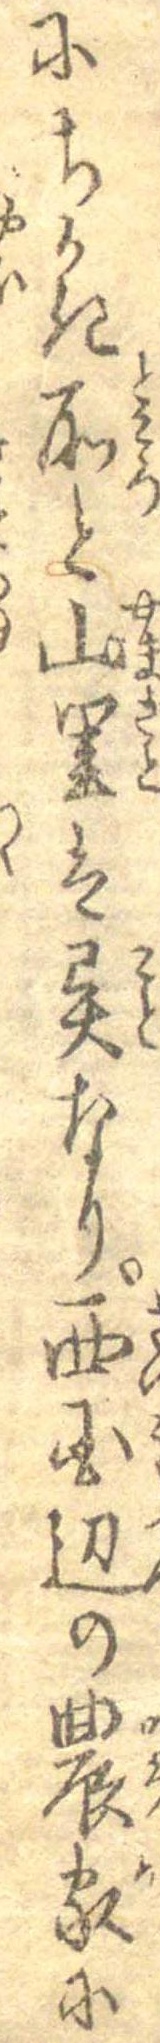
にちかき所と山里は異なり西国辺の農家に